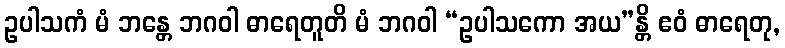
ဥပါသကံ မံ ဘန္တေ ဘဂဝါ ဓာရေတူတိ မံ ဘဂဝါ “ဥပါသကော အယ”န္တိ ဧဝံ ဓာရေတု,